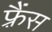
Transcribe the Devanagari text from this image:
फ़्रैंस